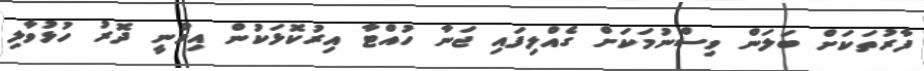
ފާރުތަކަށް ބަލަން ވިސްނުމަކަށް ގެއްލިފައި ޖަނާ ހުއްޓާ އިރުކޮޅަކުން އިވުނީ ދޮރު ހުޅުވާލި